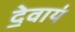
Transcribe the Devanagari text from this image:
दे॒वाय॑